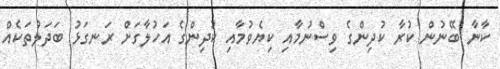
ކާނާ ބޭނުން ކުރާ ކުދިންގެ ވިސްނުމާއި ކިޔެވުމާއި ކުދިންގެ އަހުލާގަށް ރަނގަޅު ބަދަލުތަކެއް